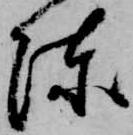
陣